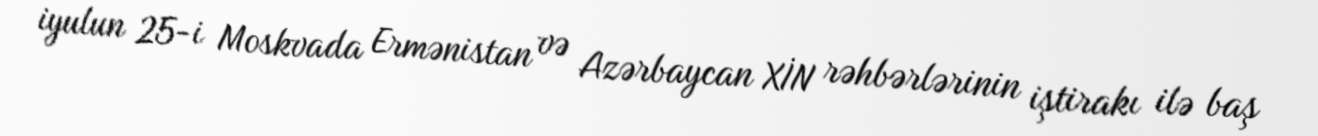
iyulun 25-i Moskvada Ermənistan və Azərbaycan XİN rəhbərlərinin iştirakı ilə baş